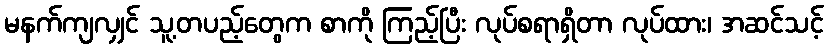
မနက်ကျလျှင် သူ့တပည့်တွေက စာကို ကြည့်ပြီး လုပ်စရာရှိတာ လုပ်ထား၊ အဆင်သင့်